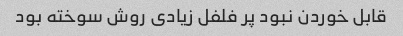
قابل خوردن نبود پر فلفل زیادی روش سوخته بود